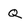
Character: Q